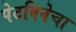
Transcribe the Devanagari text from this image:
पेटविनेचा